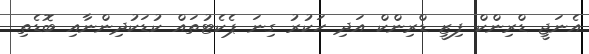
އެނަޖީ ޑްރިންކް ފިޒީ ޑްރިންކް އަދި ހަކުރު ގިނަ ޕެކެޓުތައް ކުޑަކުދިންނާއި ބޮޑެތި